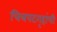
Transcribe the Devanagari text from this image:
चित्रपटगृहांची